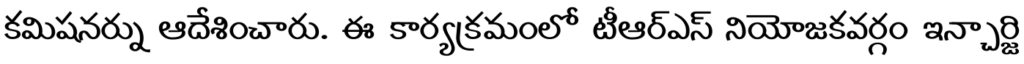
కమిషనర్ను ఆదేశించారు. ఈ కార్యక్రమంలో టీఆర్ఎస్ నియోజకవర్గం ఇన్చార్జి